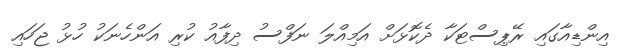
އިންޑިއާގައި ރޭޕިސްޓަކާ ދެކޮޅަށް އަމިއްލަ ނަފްސު ދިފާއު ކުރި އަންހެނަކު ހުޅު ޖަހައި